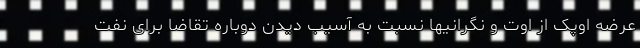
عرضه اوپک از اوت و نگرانیها نسبت به آسیب دیدن دوباره تقاضا برای نفت